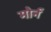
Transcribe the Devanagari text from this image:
मोर्न